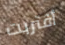
أقتربت